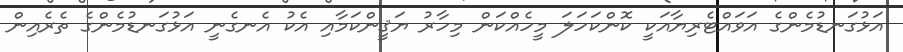
އަޅުގަނޑުމެންގެ އަވައްޓެރިޔާއަކީ ކޮންކަހަލަ މީހެއްކަން މިހާރު ޔަޤީންކަމާއި އެކު އެނގެނީ އަޅުގަނޑުމެންގެ ތެރެއިން